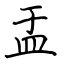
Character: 盂